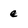
Character: e